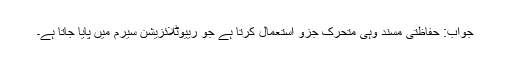
جواب: حفاظتی مسند وہی متحرک جزو استعمال کرتا ہے جو رییوٹلائزیشن سیرم میں پایا جاتا ہے۔